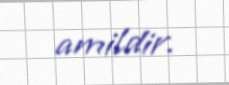
amildir.